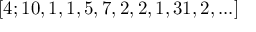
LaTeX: [ 4 ; 1 0 , 1 , 1 , 5 , 7 , 2 , 2 , 1 , 3 1 , 2 , . . . ]